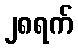
၂၈ရက်